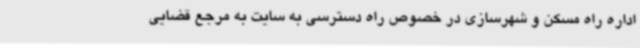
اداره راه مسکن و شهرسازی در خصوص راه دسترسی به سایت به مرجع قضایی